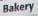
bakery